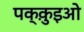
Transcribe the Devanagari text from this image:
पक्क़ुइओ